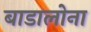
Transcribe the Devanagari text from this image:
बाडालोना